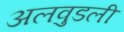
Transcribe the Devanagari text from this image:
अलवुडली